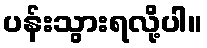
ပန်းသွားရလို့ပါ။